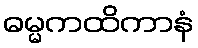
ဓမ္မကထိကာနံ